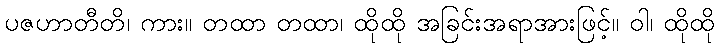
ပဇဟာတီတိ၊ ကား။ တထာ တထာ၊ ထိုထို အခြင်းအရာအားဖြင့်။ ဝါ၊ ထိုထို